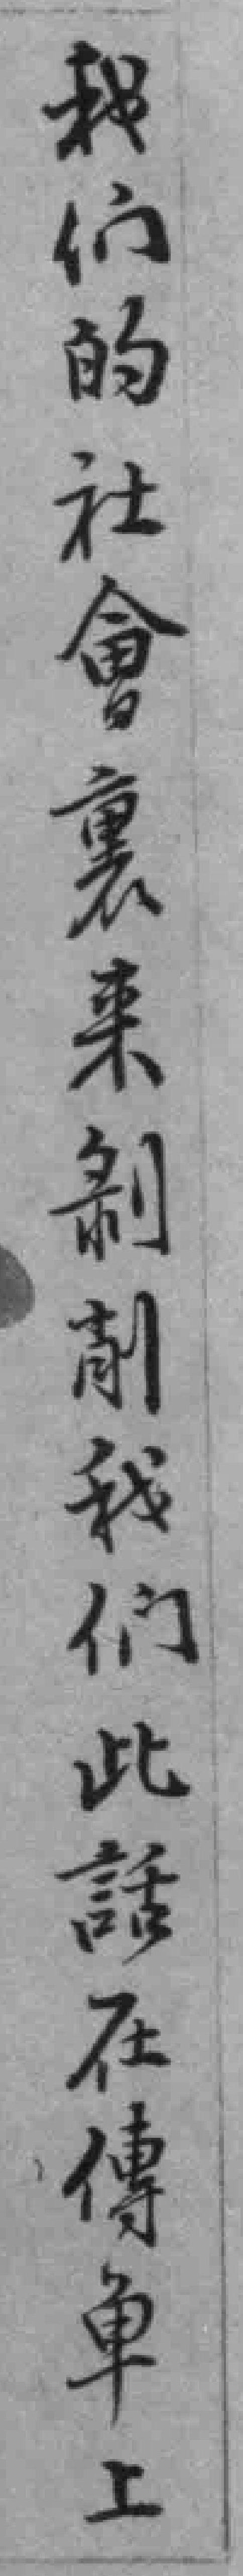
我们的社會裏来剥削我们此話在傳車上